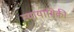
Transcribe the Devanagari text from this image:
व्यायामिकी